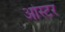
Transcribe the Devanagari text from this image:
ओस्टर